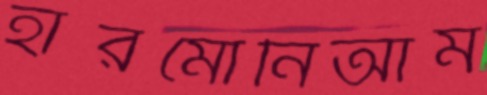
হারমোনিআম